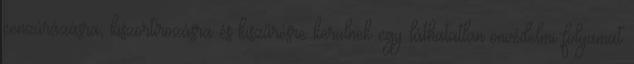
cenzúrázásra, kiszortírozásra és kiszűrésre kerülnek egy láthatatlan önvédelmi folyamat